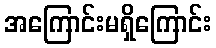
အကြောင်းမရှိကြောင်း